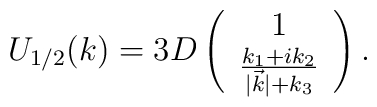
U_{1/2} (k)=3D\left( \begin{array}{cc} 1 \\ \frac{k_1+ik_2}{|\vec{k}|+                                   k_3} \end{array} \right) .